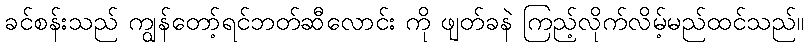
ခင်စန်းသည် ကျွန်တော့်ရင်ဘတ်ဆီလောင်း ကို ဖျတ်ခနဲ ကြည့်လိုက်လိမ့်မည်ထင်သည်။